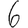
Digit: 6